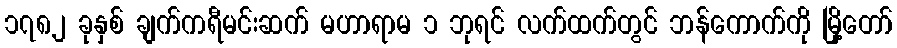
၁၇၈၂ ခုနှစ် ချက်ကရီမင်းဆက် မဟာရာမ ၁ ဘုရင် လက်ထက်တွင် ဘန်ကောက်ကို မြို့တော်